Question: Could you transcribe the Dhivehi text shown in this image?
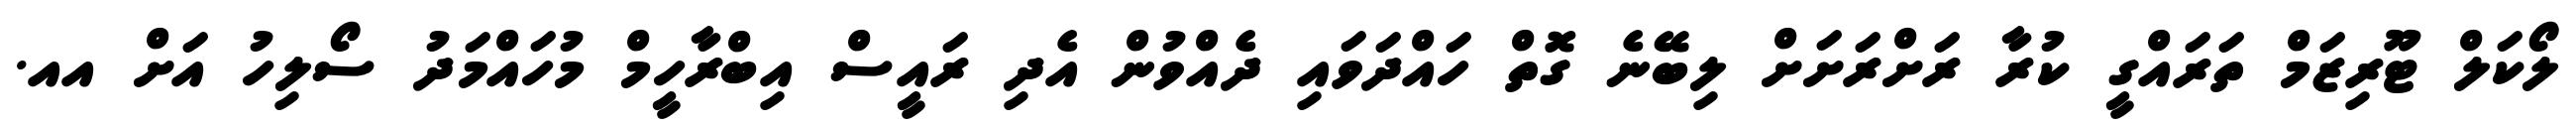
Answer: ލޯކަލް ޓޫރިޒަމް ތަރައްގީ ކުރާ ރަށްރަށަށް ލިބޭނެ ގޮތް ހައްދަވައި ދެއްވުން އެދި ރައީސް އިބްރާހީމް މުހައްމަދު ސޯލިހު އަށް އއ.